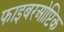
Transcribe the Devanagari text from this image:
फाइबरओप्टिक